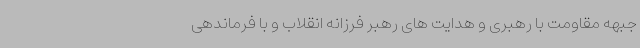
جبهه مقاومت با رهبری و هدایت های رهبر فرزانه انقلاب و با فرماندهی